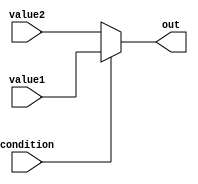
module conditional_operator_assignment (
    input wire condition,       // Input condition (boolean)
    input wire [7:0] value1,   // First value to select from
    input wire [7:0] value2,   // Second value to select from
    output reg [7:0] out       // Output based on condition
);

// Always block for combinational logic
always @(*) begin
    // Conditional operator assignment
    out = condition ? value1 : value2;
end

endmodule